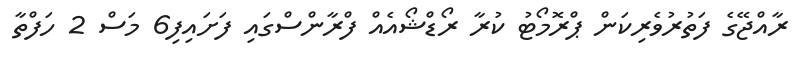
ރާއްޖޭގެ ފަތުރުވެރިކަން ޕްރޮމޯޓު ކުރާ ރޯޑްޝޯއެއް ފްރާންސްގައި ފަށައިފި6 މަސް 2 ހަފްތާ